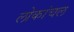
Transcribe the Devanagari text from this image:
लोकांचल